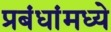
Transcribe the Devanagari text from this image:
प्रबंधांमध्ये